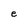
Character: e